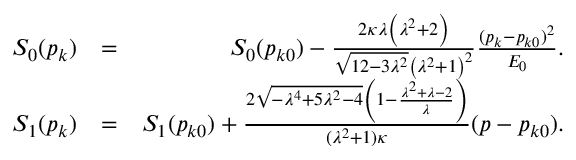
\begin{array} { r l r } { S _ { 0 } ( p _ { k } ) } & { = } & { S _ { 0 } ( p _ { k 0 } ) - \frac { 2 \kappa \lambda \left( \lambda ^ { 2 } + 2 \right) } { \sqrt { 1 2 - 3 \lambda ^ { 2 } } \left( \lambda ^ { 2 } + 1 \right) ^ { 2 } } \frac { ( p _ { k } - p _ { k 0 } ) ^ { 2 } } { E _ { 0 } } . } \\ { S _ { 1 } ( p _ { k } ) } & { = } & { S _ { 1 } ( p _ { k 0 } ) + \frac { 2 \sqrt { - \lambda ^ { 4 } + 5 \lambda ^ { 2 } - 4 } \left( 1 - \frac { \lambda ^ { 2 } + \lambda - 2 } { \lambda } \right) } { ( \lambda ^ { 2 } + 1 ) \kappa } ( p - p _ { k 0 } ) . } \end{array}